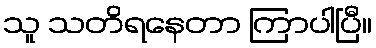
သူ သတိရနေတာ ကြာပါပြီ။